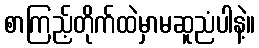
စာကြည့်တိုက်ထဲမှာမဆူညံပါနဲ့။